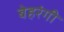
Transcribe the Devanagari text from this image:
बेहरंगी